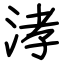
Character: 涍